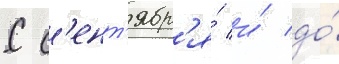
С с'ент'ябр'я́ и́ до́